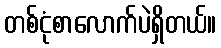
တစ်ငုံစာလောက်ပဲရှိတယ်။